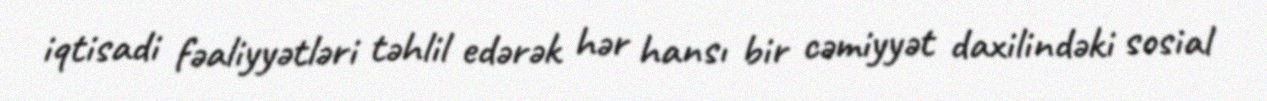
iqtisadi fəaliyyətləri təhlil edərək hər hansı bir cəmiyyət daxilindəki sosial